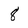
Character: 8